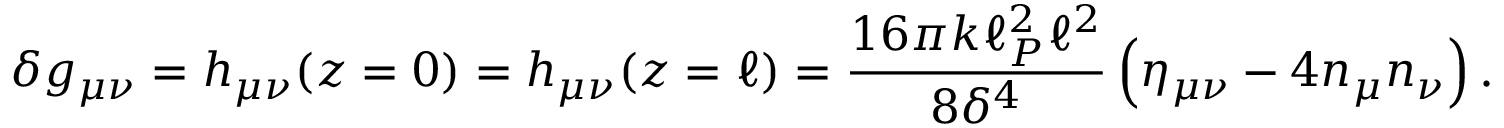
\delta g _ { \mu \nu } = h _ { \mu \nu } ( z = 0 ) = h _ { \mu \nu } ( z = \ell ) = { \frac { 1 6 \pi k \ell _ { P } ^ { 2 } \ell ^ { 2 } } { 8 \delta ^ { 4 } } } \left( \eta _ { \mu \nu } - 4 n _ { \mu } n _ { \nu } \right) .